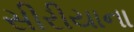
સીરીયાના